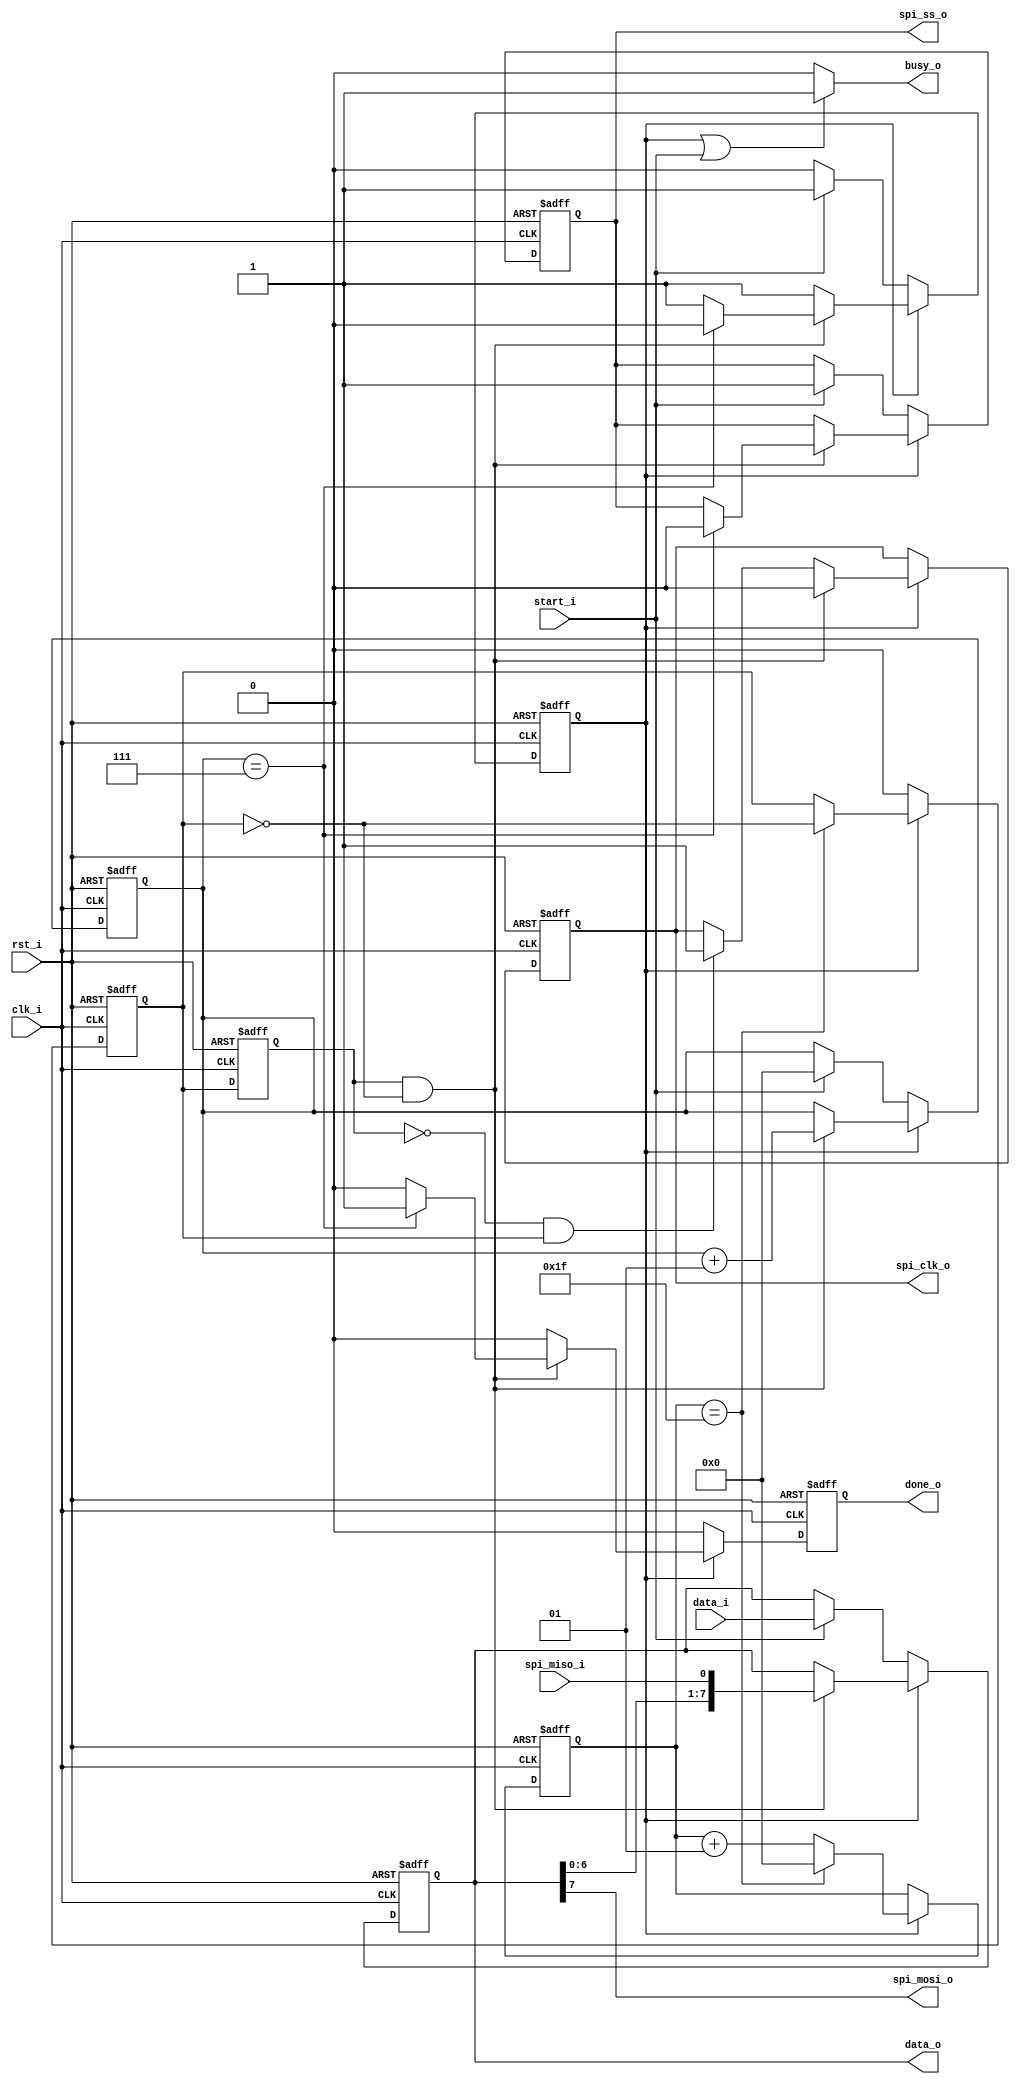
module spi_master 
(
    // Clocking & Reset 
    clk_i, 
    rst_i, 
    // Control & Status
    start_i, 
    done_o, 
    busy_o, 
    // Data
    data_i, 
    data_o,
    // SPI Bus 
    spi_clk_o, 
    spi_ss_o, 
    spi_mosi_o, 
    spi_miso_i 
);

//-----------------------------------------------------------------
// Params
//-----------------------------------------------------------------
parameter  [31:0]               CLK_DIV = 32;
parameter  [31:0]               TRANSFER_WIDTH = 8;
    
//-----------------------------------------------------------------
// I/O
//-----------------------------------------------------------------      
input                           clk_i /*verilator public*/;
input                           rst_i /*verilator public*/;
input                           start_i /*verilator public*/;
output                          done_o /*verilator public*/;
output                          busy_o /*verilator public*/;
input [(TRANSFER_WIDTH - 1):0]  data_i /*verilator public*/;
output [(TRANSFER_WIDTH - 1):0] data_o /*verilator public*/;
output                          spi_clk_o /*verilator public*/;
output                          spi_ss_o /*verilator public*/;
output                          spi_mosi_o /*verilator public*/;
input                           spi_miso_i /*verilator public*/;

//-----------------------------------------------------------------
// Registers
//-----------------------------------------------------------------
reg                             running;
integer                         cycle_count;
reg [(TRANSFER_WIDTH - 1):0]    shift_reg;
reg                             spi_clk_gen;
reg                             last_clk_gen;
integer                         clk_div_count;
reg                             done_o;
reg                             spi_ss_o;
reg                             spi_clk_o;

//-----------------------------------------------------------------
// Implementation
//-----------------------------------------------------------------   

// SPI Clock Generator 
always @ (posedge clk_i or posedge rst_i ) 
begin 
   // Async Reset  
   if (rst_i == 1'b1)
   begin 
       clk_div_count    <= 0;
       spi_clk_gen      <= 1'b0;
   end
   else
   begin
       // SPI transfer active?
       if (running == 1'b1)
       begin 
           // Clock divider cycle_count matched?
           if (clk_div_count == (CLK_DIV - 1)) 
           begin 
               // Toggle clock (input to SPI transfer process)
               spi_clk_gen   <= ~(spi_clk_gen);
               
               // Reset counter
               clk_div_count <= 0;
           end
           // Increment SPI clock divider counter
           else
                clk_div_count <= (clk_div_count + 1);
       end 
       else // (!running)
           spi_clk_gen <= 1'b0;
    end
end

// SPI transfer process
always @ (posedge clk_i or posedge rst_i )
begin 
   // Async Reset  
   if (rst_i == 1'b1)
   begin 
       cycle_count  <= 0;
       shift_reg    <= {(TRANSFER_WIDTH - 0){1'b0}};
       last_clk_gen <= 1'b0;
       spi_clk_o    <= 1'b0;
       running      <= 1'b0;
       done_o       <= 1'b0;
       spi_ss_o     <= 1'b0;
   end
   else 
   begin 
   
       // Update previous SCLK value
       last_clk_gen <= spi_clk_gen;
       
       done_o <= 1'b0;
       
       //-------------------------------
       // SPI = IDLE
       //-------------------------------
       if (running == 1'b0)
       begin 
           // Wait until start_i = 1 to start_i transfer
           if (start_i == 1'b1)
           begin 
               cycle_count  <= 0;
               shift_reg    <= data_i;
               running      <= 1'b1;
               spi_ss_o     <= 1'b1;
           end
       end
       else
       //-------------------------------
       // SPI = RUNNING
       //-------------------------------
       begin
           // SCLK 1->0 - Falling Edge
           if ((last_clk_gen == 1'b1) && (spi_clk_gen == 1'b0))
           begin 
               // SCLK_OUT = L
               spi_clk_o <= 1'b0;
               
               // Increment cycle counter
               cycle_count <= (cycle_count + 1);
               
               // Shift left & add MISO to LSB
               shift_reg <= {shift_reg[(TRANSFER_WIDTH - 2):0],spi_miso_i};
               
               // End of SPI transfer reached
               if (cycle_count == (TRANSFER_WIDTH - 1))
               begin 
                   // Go back to IDLE running
                   running  <= 1'b0;
                   
                   // Set transfer complete flags
                   done_o   <= 1'b1;
                   spi_ss_o <= 1'b0;
               end
           end
           // SCLK 0->1 - Rising Edge
           else if ((last_clk_gen == 1'b0) & (spi_clk_gen == 1'b1)) 
           begin
               // SCLK_OUT = H
               spi_clk_o <= 1'b1;
           end
       end
   end
end
   
//-----------------------------------------------------------------
// Combinatorial Logic
//-----------------------------------------------------------------  
assign spi_mosi_o    = shift_reg[(TRANSFER_WIDTH - 1)];
assign data_o        = shift_reg;
assign busy_o        = ((running == 1'b1) || (start_i == 1'b1)) ? 1'b1 : 1'b0;

endmodule